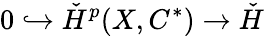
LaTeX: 0\hookrightarrow\check{H}^{p}(X,C^{*})\rightarrow\check{H}